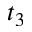
t _ { 3 }